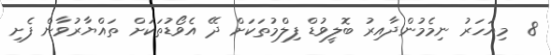
8  މިއަހަރު ނިމެމުންދާއިރު ބޮލީވުޑް ފިލްމުތަކަށް ދޭ އެވޯޑުތަކަށް ތައްޔާރުވާން ފެށި